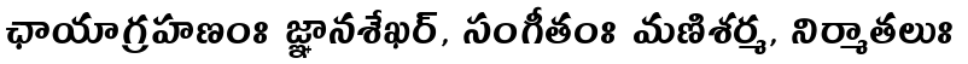
ఛాయాగ్రహణంః జ్ఞానశేఖర్, సంగీతంః మణిశర్మ, నిర్మాతలుః